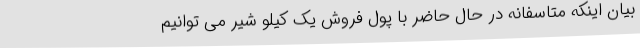
بیان اینکه متاسفانه در حال حاضر با پول فروش یک کیلو شیر می توانیم